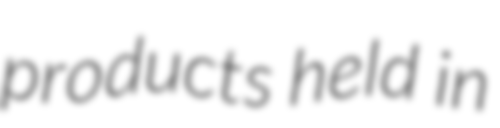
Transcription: products held in